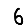
Digit: 6